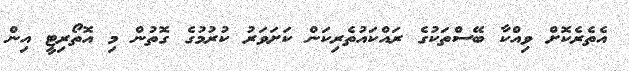
އެތެރެކޮށް ވިއްކާ ބޭސްތަކުގެ ރައްކައުތެރިކަން ކަށަވަރު ކުރުމުގެ ގޮތުން މި އޮތޯރިޓީ އިން